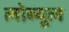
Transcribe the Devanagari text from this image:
लोब्यूल